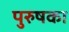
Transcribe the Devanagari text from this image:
पुरुषका